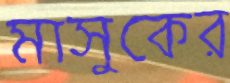
মাসুকের